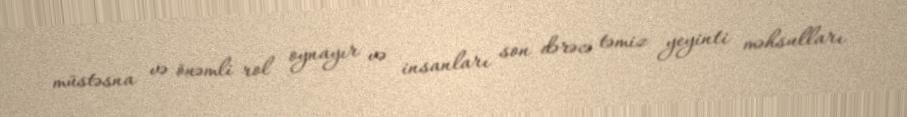
müstəsna və önəmli rol oynayır və insanları son dərəcə təmiz yeyinti məhsulları